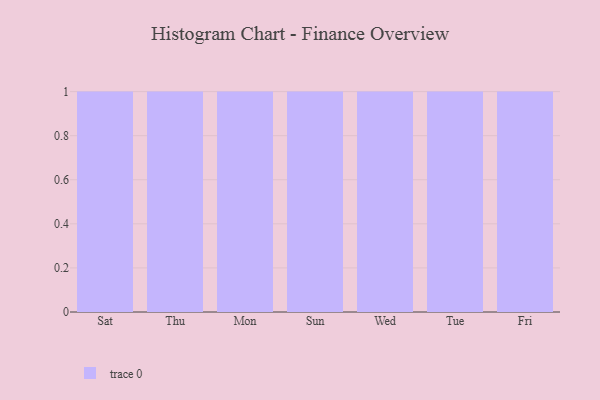
{"axis": {"x": "Day", "y": "Energy Usage (MWh)"}, "legend": [""], "data": [{"x": "Sat", "y": 8, "type": ""}, {"x": "Thu", "y": 85, "type": ""}, {"x": "Mon", "y": 55, "type": ""}, {"x": "Sun", "y": 59, "type": ""}, {"x": "Wed", "y": 4, "type": ""}, {"x": "Tue", "y": 59, "type": ""}, {"x": "Fri", "y": 41, "type": ""}]}